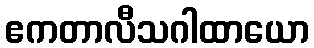
ဧကတာလီသဂါထာယော